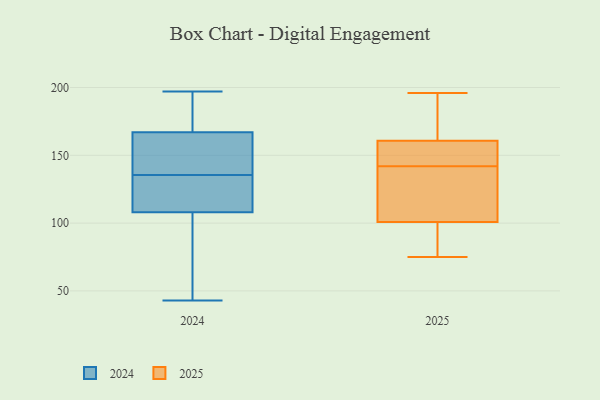
{"axis": {"x": "Gross Profit (USD K)", "y": "Value"}, "legend": ["2024", "2025"], "data": [{"x": "", "y": 138, "type": "2025"}, {"x": "", "y": 142, "type": "2025"}, {"x": "", "y": 87, "type": "2025"}, {"x": "", "y": 157, "type": "2025"}, {"x": "", "y": 173, "type": "2025"}, {"x": "", "y": 96, "type": "2025"}, {"x": "", "y": 145, "type": "2025"}, {"x": "", "y": 196, "type": "2025"}, {"x": "", "y": 147, "type": "2025"}, {"x": "", "y": 162, "type": "2025"}, {"x": "", "y": 75, "type": "2025"}, {"x": "", "y": 115, "type": "2025"}, {"x": "", "y": 112, "type": "2025"}, {"x": "", "y": 171, "type": "2025"}, {"x": "", "y": 97, "type": "2025"}, {"x": "", "y": 169, "type": "2024"}, {"x": "", "y": 124, "type": "2024"}, {"x": "", "y": 104, "type": "2024"}, {"x": "", "y": 119, "type": "2024"}, {"x": "", "y": 190, "type": "2024"}, {"x": "", "y": 165, "type": "2024"}, {"x": "", "y": 159, "type": "2024"}, {"x": "", "y": 147, "type": "2024"}, {"x": "", "y": 112, "type": "2024"}, {"x": "", "y": 83, "type": "2024"}, {"x": "", "y": 43, "type": "2024"}, {"x": "", "y": 197, "type": "2024"}]}